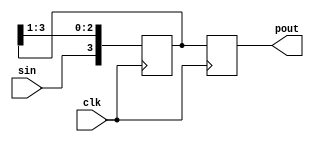
module sipo(clk, sin, pout);

input clk, sin;
output [3:0] pout;
reg [3:0] temp;
reg [3:0] pout;

always @(posedge clk)

begin

    temp <= temp >> 1;
	temp[3] <= sin;
	pout = temp;

end

endmodule